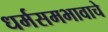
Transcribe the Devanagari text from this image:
धर्मसमभावाचे